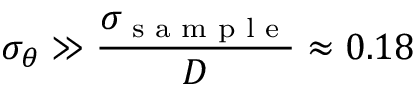
\sigma _ { \theta } \gg \frac { \sigma _ { \textnormal { s a m p l e } } } { D } \approx 0 . 1 8